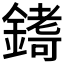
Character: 𮢷